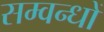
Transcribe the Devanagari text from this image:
सम्वन्धों